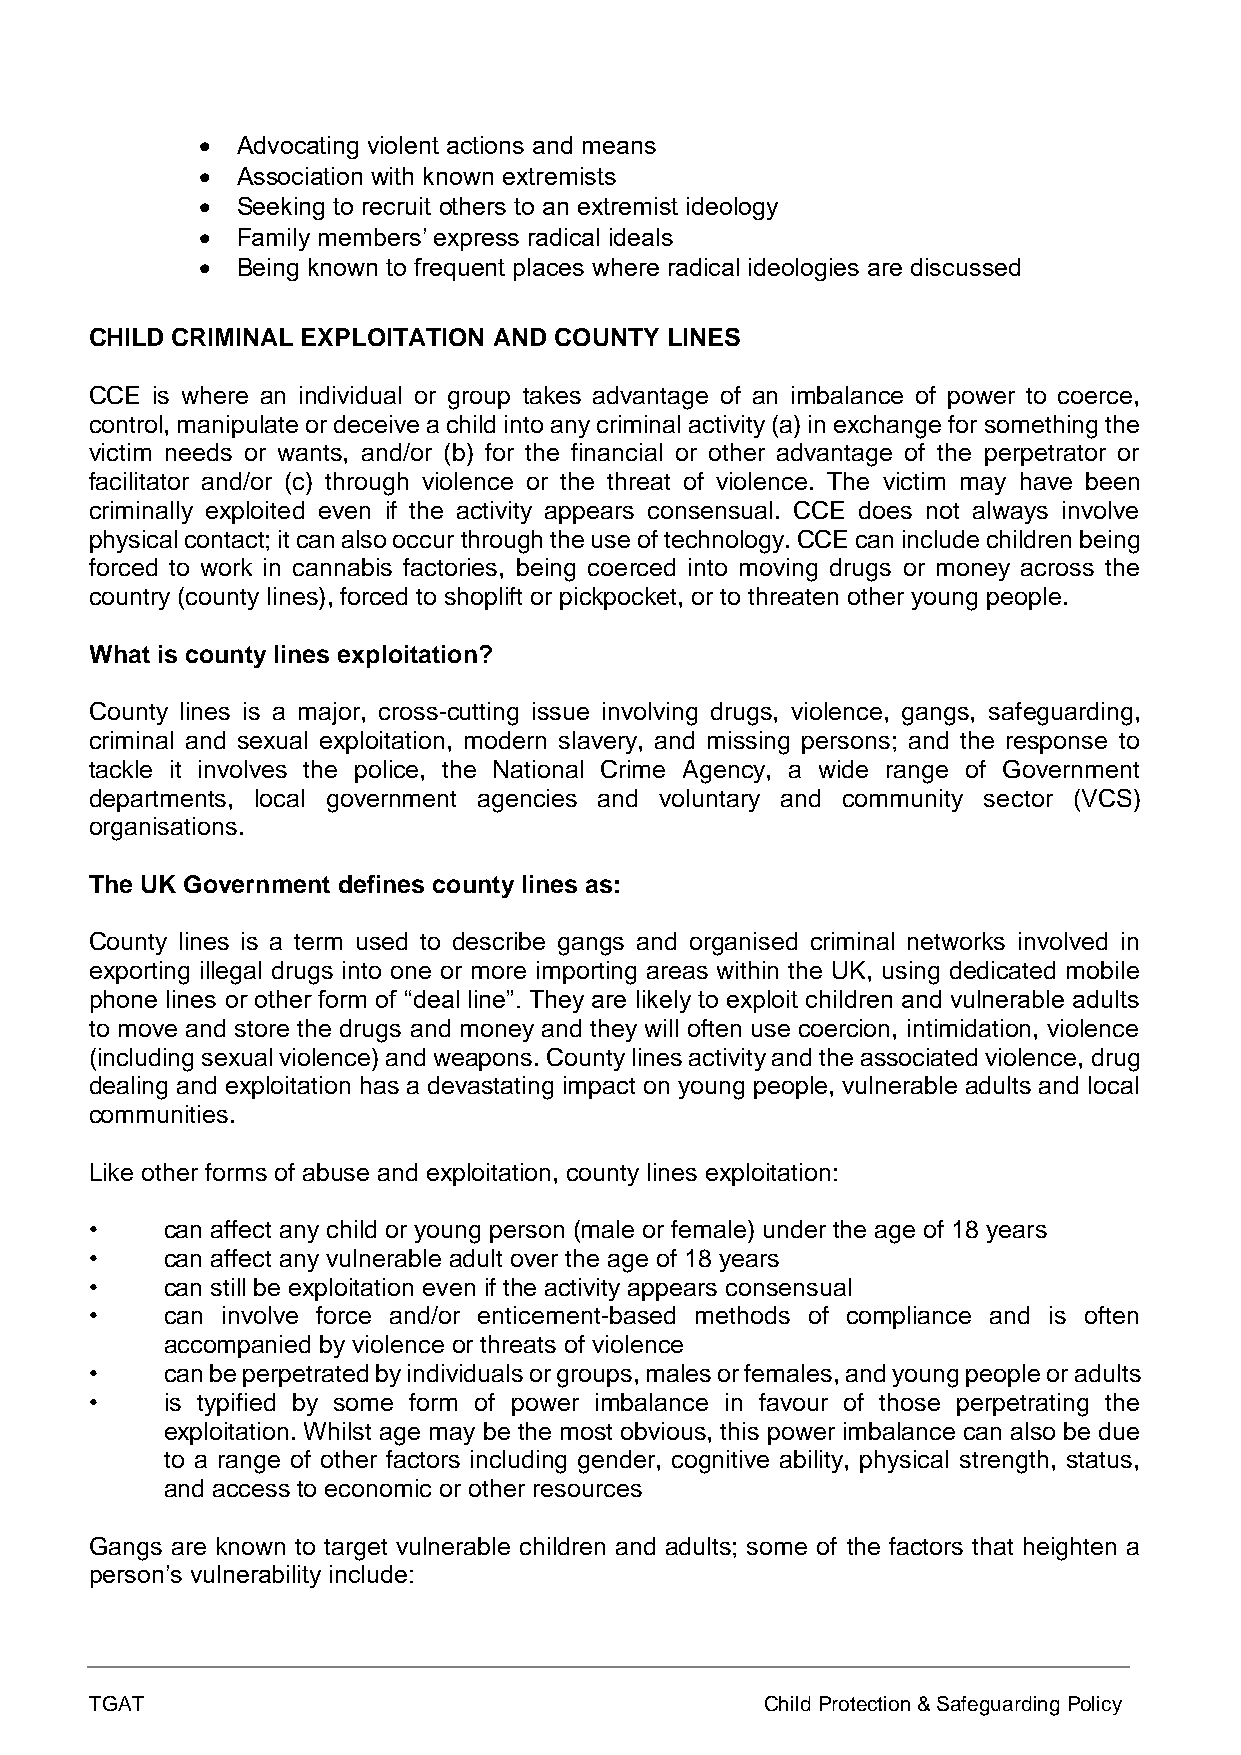
•  Advocating violent actions and means
 •  Association with known extremists
 •  Seeking to recruit others to an extremist ideology
 •  Family members’ express radical ideals
 •  Being known to frequent places where radical ideologies are discussed
 CHILD CRIMINAL EXPLOITATION AND COUNTY LINES
 CCE is where an individual or group takes advantage of an imbalance of power to coerce,
 control, manipulate or deceive a child into any criminal activity (a) in exchange for something the
 victim needs or wants, and/or (b) for the financial or other advantage of the perpetrator or
 facilitator and/or (c) through violence or the threat of violence. The victim may have been
 criminally exploited even if the activity appears consensual. CCE does not always involve
 physical contact; it can also occur through the use of technology. CCE can include children being
 forced to work in cannabis factories, being coerced into moving drugs or money across the
 country (county lines), forced to shoplift or pickpocket, or to threaten other young people.
 What is county lines exploitation?
 County lines is a major, cross-cutting issue involving drugs, violence, gangs, safeguarding,
 criminal and sexual exploitation, modern slavery, and missing persons; and the response to
 tackle it involves the police, the National Crime Agency, a wide range of Government
 departments, local government agencies and voluntary and community sector (VCS)
 organisations.
 The UK Government defines county lines as:
 County lines is a term used to describe gangs and organised criminal networks involved in
 exporting illegal drugs into one or more importing areas within the UK, using dedicated mobile
 phone lines or other form of “deal line”. They are likely to exploit children and vulnerable adults
 to move and store the drugs and money and they will often use coercion, intimidation, violence
 (including sexual violence) and weapons. County lines activity and the associated violence, drug
 dealing and exploitation has a devastating impact on young people, vulnerable adults and local
 communities.
 Like other forms of abuse and exploitation, county lines exploitation:
 •    can affect any child or young person (male or female) under the age of 18 years
 •    can affect any vulnerable adult over the age of 18 years
 •    can still be exploitation even if the activity appears consensual
 •    can involve force and/or enticement-based methods of compliance and is often
 accompanied by violence or threats of violence
 •    can be perpetrated by individuals or groups, males or females, and young people or adults
 •    is typified by some form of power imbalance in favour of those perpetrating the
 exploitation. Whilst age may be the most obvious, this power imbalance can also be due
 to a range of other factors including gender, cognitive ability, physical strength, status,
 and access to economic or other resources
 Gangs are known to target vulnerable children and adults; some of the factors that heighten a
 person’s vulnerability include:
 TGAT                                         Child Protection & Safeguarding Policy